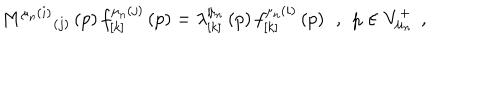
M ^ { \mu _ { n } ( i ) } { } _ { ( j ) } \left( p \right) f _ { \left[ k \right] } ^ { \mu _ { n } ( j ) } \left( p \right) = \lambda _ { \left[ k \right] } ^ { \mu _ { n } } \left( p \right) f _ { \left[ k \right] } ^ { \mu _ { n } ( i ) } \left( p \right) \; \, , \; \, p \in V _ { \mu _ { n } } ^ { + } \; \, ,